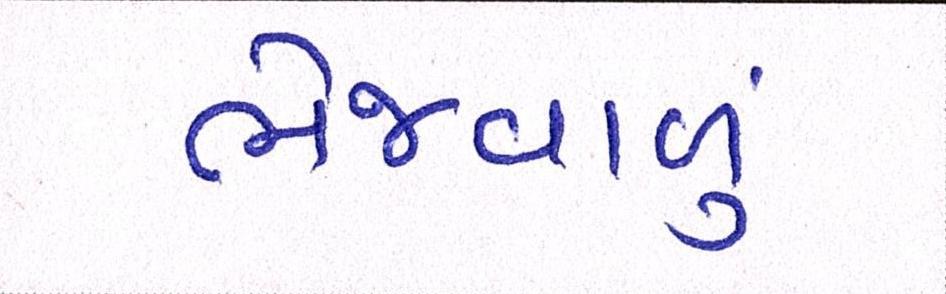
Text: ભેજવાળું